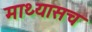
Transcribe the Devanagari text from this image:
माथ्यासच